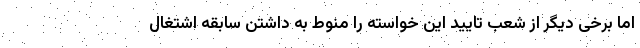
اما برخی دیگر از شعب تایید این خواسته را منوط به داشتن سابقه اشتغال